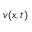
v ( x , t )